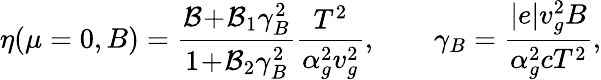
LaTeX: \eta(\mu=0,B)=\frac{{\cal B}\! +\! {\cal B}_{1}\gamma_{B}^{2}}{1\! +\! {\cal B}_{2}\gamma_{B}^{2}}\frac{T^{2}}{\alpha_{g}^{2}v_{g}^{2}},\qquad\gamma_{B}=\frac{|e|v_{g}^{2}B}{\alpha_{g}^{2}cT^{2}},